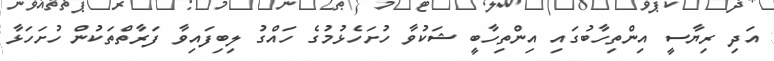
އަދި ރިޔާސީ އިންތިހާބުގައި އިންތިހާބީ ޝަކުވާ ހުށަހެޅުމުގެ ހައްގު ލިބިފައިވާ ފަރާތްތަކުން ހުށަހަޅާ